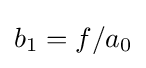
b_{1}=f/a_{0}